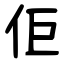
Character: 佢